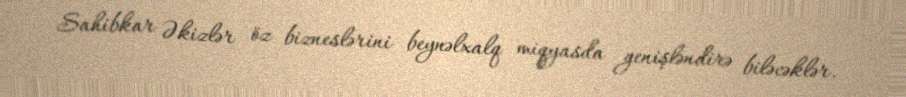
Sahibkar Əkizlər öz bizneslərini beynəlxalq miqyasda genişləndirə biləcəklər.